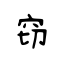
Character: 窃